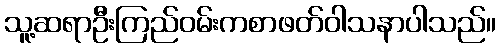
သူ့ဆရာဦးကြည်ဝမ်းကစာဖတ်ဝါသနာပါသည်။